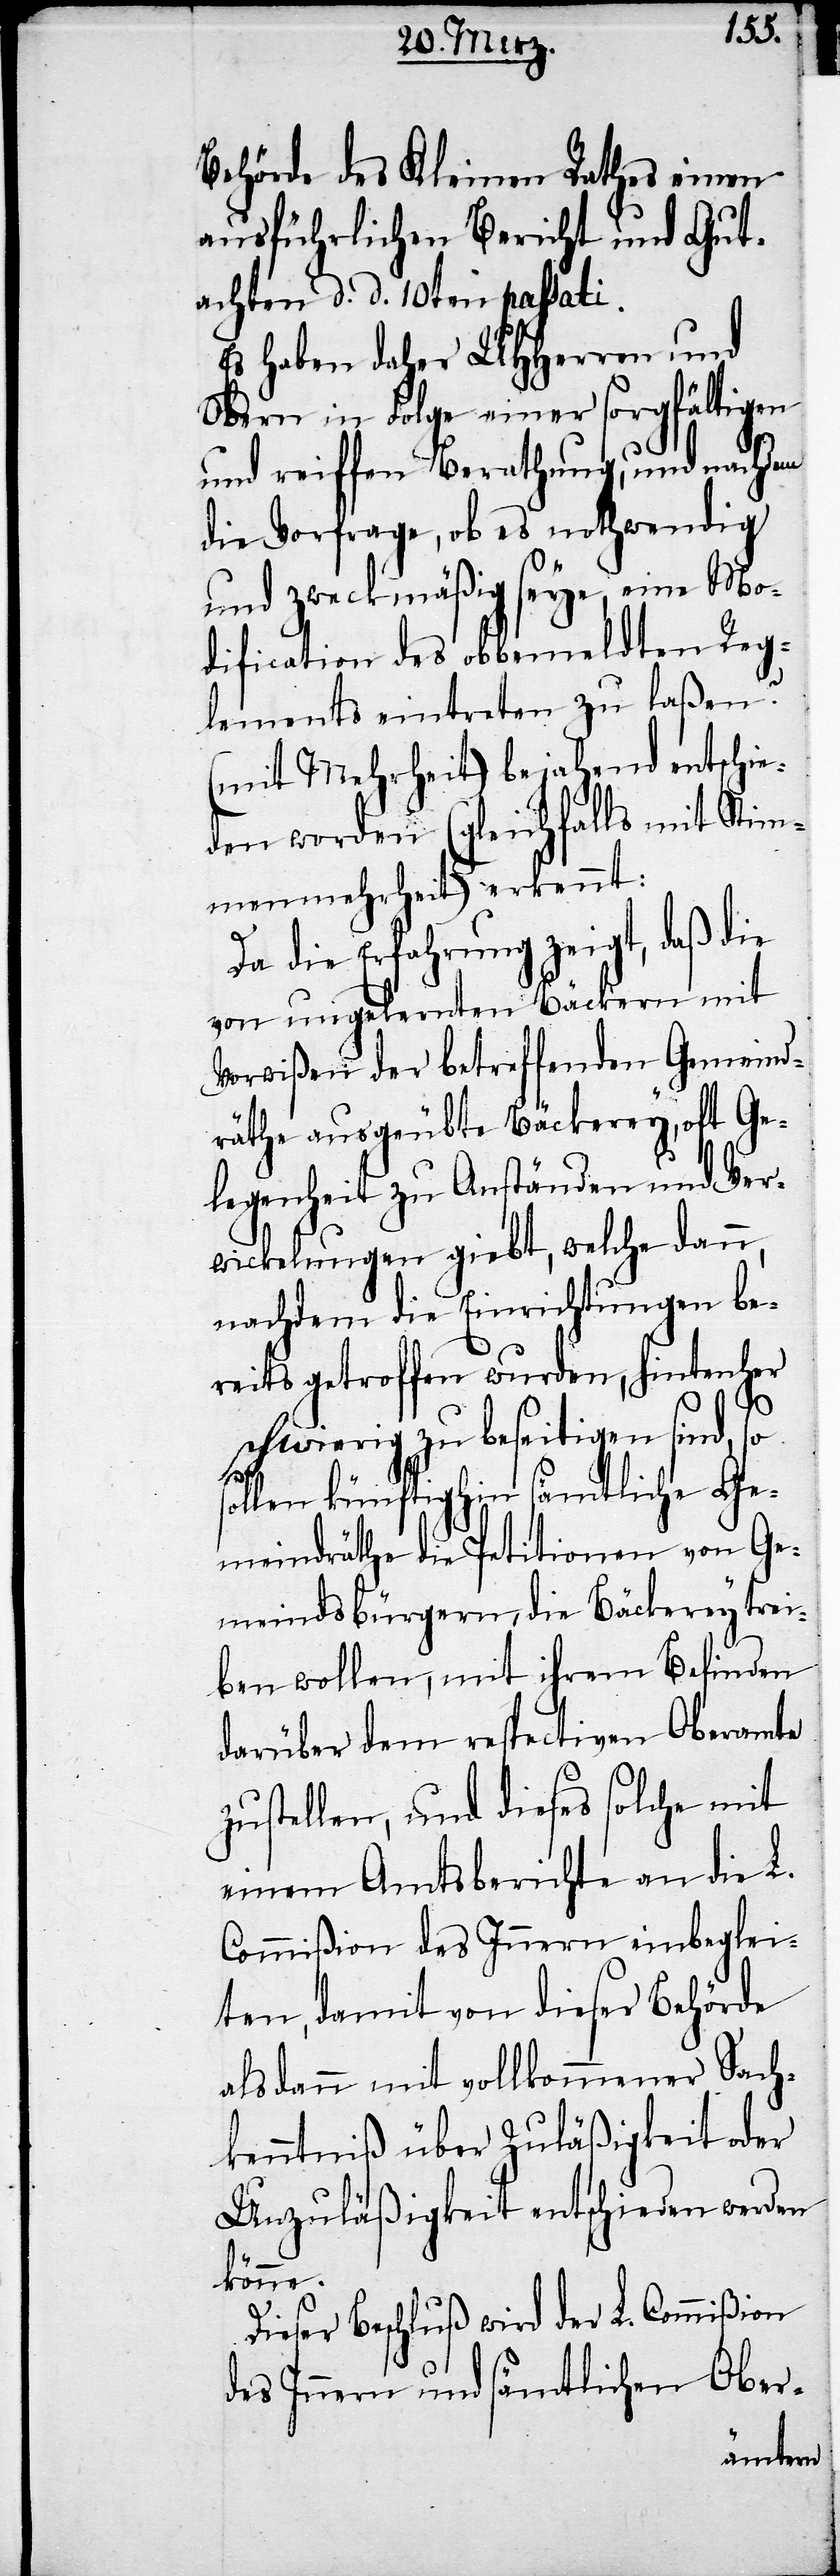
Behörde des Kleinen Rathes einen
ausführlichen Bericht und Gut¬
achten d. d. 10ten passati.
Es haben daher UHHerren und
Obern in Folge einer sorgfältigen
und reiffen Berathung, und nachdem
die Vorfrage, ob es nothwendig
und zweckmäßig seye, eine Mo¬
dification des obbemeldten Reg¬
lements eintreten zu laßen?
(mit Mehrheit) bejahend entschie¬
den worden (gleichfalls mit Stim¬
menmehrheit)[,] erkennt:
Da die Erfahrung zeigt, daß die
von ungelernten Bäckern mit
Vorwißen der betreffenden Gemeind¬
räthe ausgeübte Bäckerey, oft Ge¬
legenheit zu Anständen und Ver¬
wickelungen giebt, welche dann,
nachdem die Einrichtungen be¬
reits getroffen wurden, hintenher
s¬
schwierig zu beseitigen sind, so
ollen künftighin sämtliche Ge¬
meindräthe die Petitionen von Ge¬
meindsbürgern, die Bäckerey trei¬
ben wollen, mit ihrem Befinden
darüber dem respectiven Oberamte
zustellen, und dieses solche mit
einem Amtsberichte an die L.
Commißion des Innern einbeglei¬
ten, damit von dieser Behörde
alsdann mit vollkommener Sach¬
kenntniß über Zuläßigkeit oder
Unzuläßigkeit entschieden werden
könne.
Dieser Beschluß wird der L. Commißion
des Innern und sämtlichen Ober-